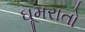
ઘૂમરાતો